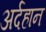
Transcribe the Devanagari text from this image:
अर्दहान